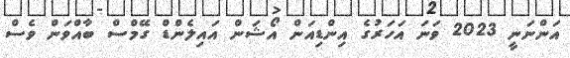
އަންނަނީ 2023 ވަނަ އަހަރުގެ އިންޑިއަން އޯޝަން އައިލެންޑް ގޭމްސް ބާއްވަން ވެސް